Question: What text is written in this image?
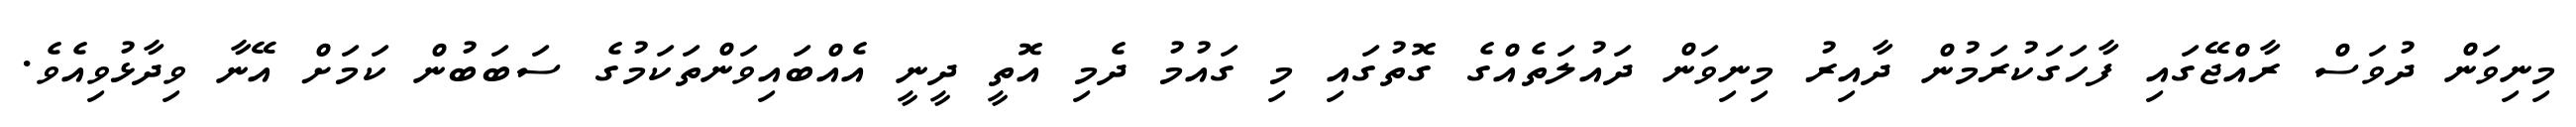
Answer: މިނިވަން ދުވަސް ރާއްޖޭގައި ފާހަގަކުރަމުން ދާއިރު މިނިވަން ދައުލަތެއްގެ ގޮތުގައި މި ގައުމު ދެމި އޮތީ ދީނީ އެއްބައިވަންތަކަމުގެ ސަބަބުން ކަމަށް އޭނާ ވިދާޅުވިއެވެ.